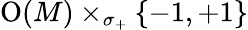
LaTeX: \operatorname{O}(M)\times_{\sigma_{+}}\{ -1,+1\}